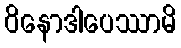
ဝိနောဒါပေဿာမိ